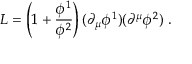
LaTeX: { \cal L } = \left( 1 + \frac { \phi ^ { 1 } } { \phi ^ { 2 } } \right) ( \partial _ { \mu } \phi ^ { 1 } ) ( \partial ^ { \mu } \phi ^ { 2 } ) \ .